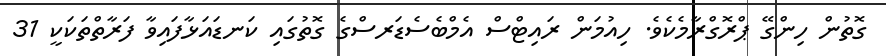
ގޮތުން ހިންގޭ ޕްރޮގްރާމެކެވެ. ހިއުމަން ރައިޓްސް އެމްބެސެޑަރސްގެ ގޮތުގައި ކަނޑައަޅާފައިވާ ފަރާތްތަކަކީ 31